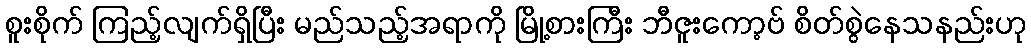
စူးစိုက် ကြည့်လျက်ရှိပြီး မည်သည့်အရာကို မြို့စားကြီး ဘီဇူးကော့ဗ် စိတ်စွဲနေသနည်းဟု